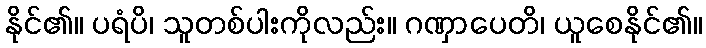
နိုင်၏။ ပရံပိ၊ သူတစ်ပါးကိုလည်း။ ဂဏှာပေတိ၊ ယူစေနိုင်၏။